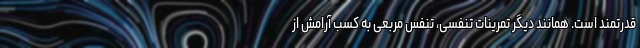
قدرتمند است. همانند دیگر تمرینات تنفسی، تنفس مربعی به کسب آرامش از